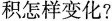
积怎样变化?